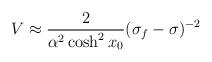
LaTeX: \begin{align*}{V\approx\frac{2}{\alpha^2\cosh^2 x_0}(\sigma_f-\sigma)^{-2}}\end{align*}